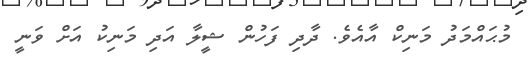
މުޙައްމަދު މަނިކް އާއެވެ. ދާދި ފަހުން ޝީލާ އަދި މަނިކު އަށް ވަނީ